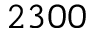
2 3 0 0